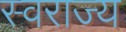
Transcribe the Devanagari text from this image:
स्‍वराज्य